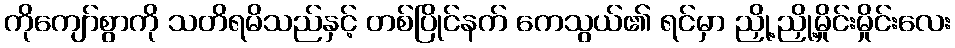
ကိုကျော်စွာကို သတိရမိသည်နှင့် တစ်ပြိုင်နက် ကေသွယ်၏ ရင်မှာ ညှို့ညှို့မှိုင်းမှိုင်းလေး